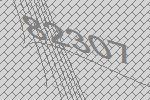
82307